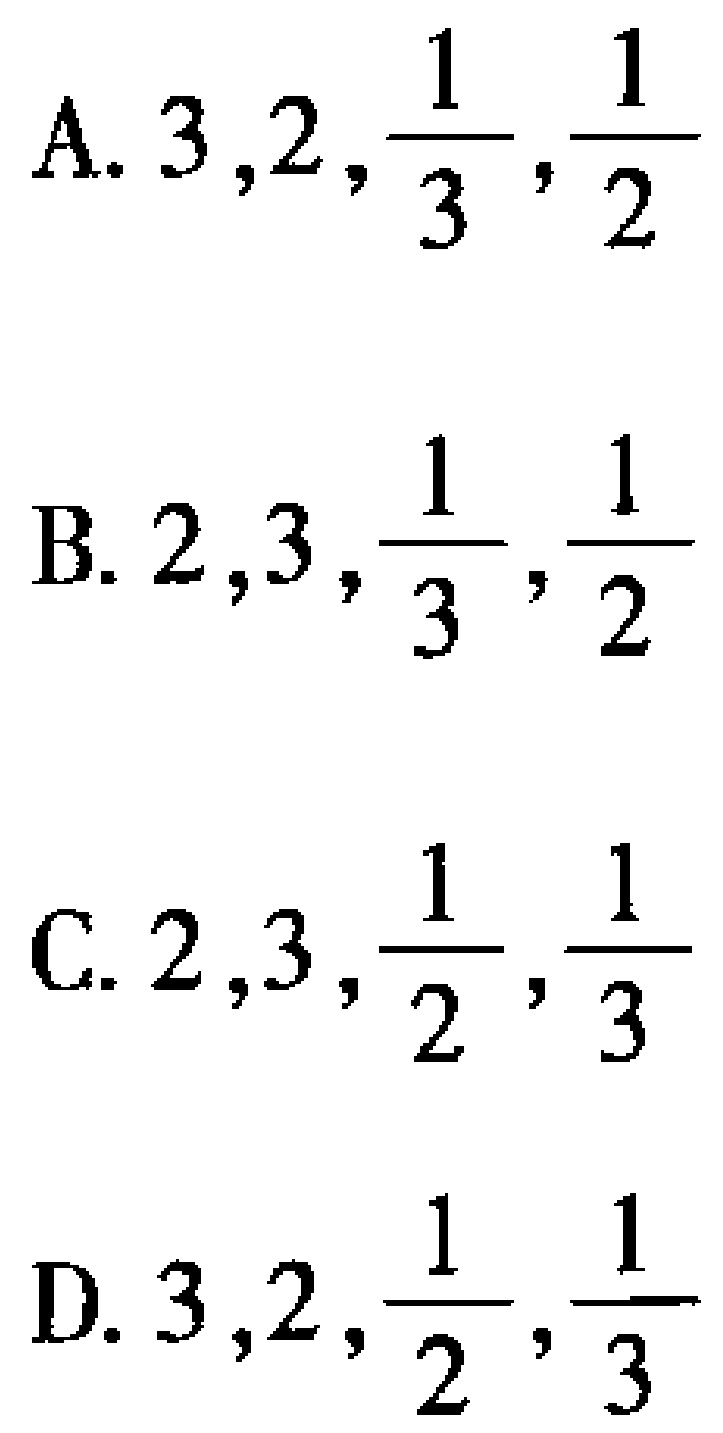
A. \(3,2,\frac{1}{3},\frac{1}{2}\)

B. \(2,3,\frac{1}{3},\frac{1}{2}\)

C. \(2,3,\frac{1}{2},\frac{1}{3}\)

D. \(3,2,\frac{1}{2},\frac{1}{3}\)